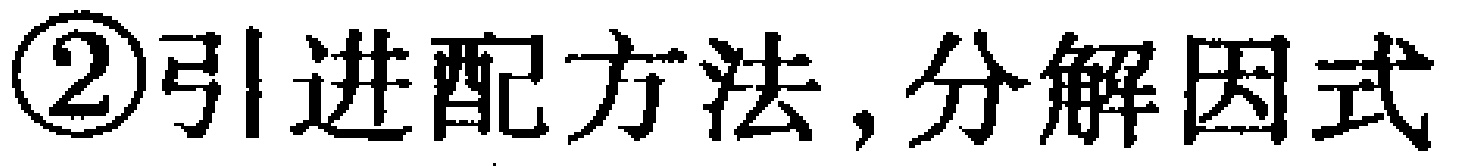
\textcircled{2}引进配方法,分解因式